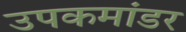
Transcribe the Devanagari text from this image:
उपकमांडर